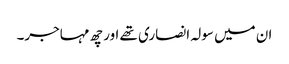
ان میں سولہ انصاری تھے اور چھ مہاجر۔